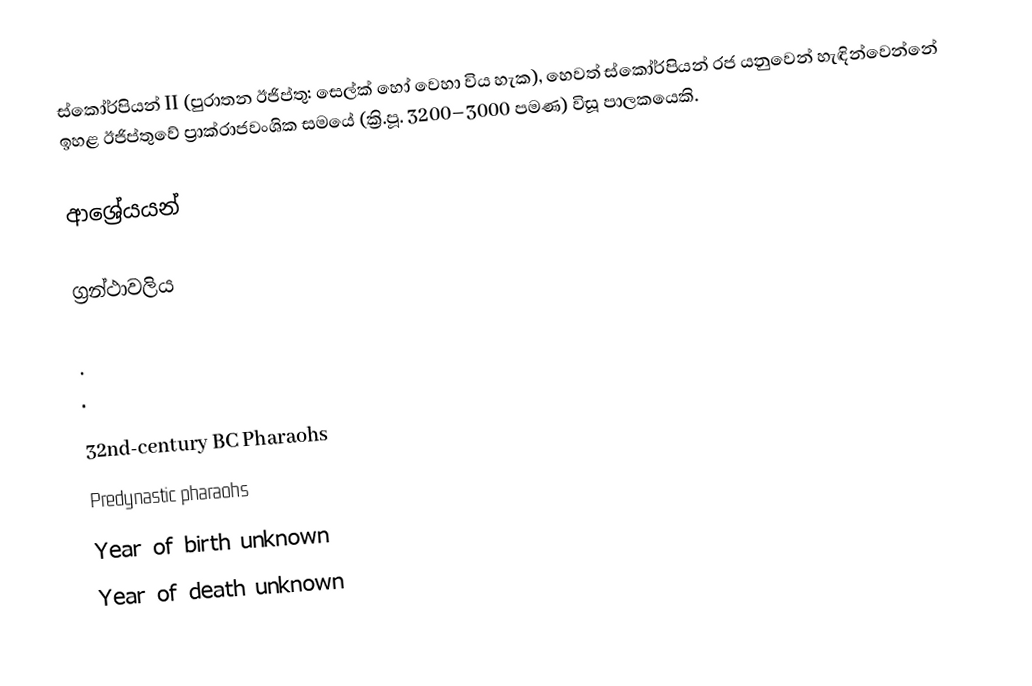
ස්කෝර්පියන් II (පුරාතන ඊජිප්තු: සෙල්ක් හෝ වෙහා විය හැක), හෙවත් ස්කෝර්පියන් රජ යනුවෙන් හැඳින්වෙන්නේ ඉහළ ඊජිප්තුවේ ප්‍රාක්රාජවංශික සමයේ (ක්‍රි.පූ. 3200–3000 පමණ) විසූ පාලකයෙකි.

ආශ්‍රේයයන්

ග්‍රන්ථාවලිය

 .
 .

32nd-century BC Pharaohs
Predynastic pharaohs
Year of birth unknown
Year of death unknown